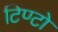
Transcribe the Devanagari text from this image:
टिण्टो